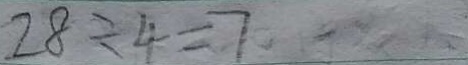
2 8 \div 4 = 7 .